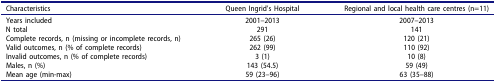
<table><thead><tr><td><b>Characteristics</b></td><td><b>Queen Ingrid’s Hospital</b></td><td><b>Regional and local health care centres (n=11)</b></td></tr></thead><tbody><tr><td>Years included</td><td>2001–2013</td><td>2007–2013</td></tr><tr><td>N total</td><td>291</td><td>141</td></tr><tr><td>Complete records, n (missing or incomplete records, n)</td><td>265 (26)</td><td>120 (21)</td></tr><tr><td>Valid outcomes, n (% of complete records)</td><td>262 (99)</td><td>110 (92)</td></tr><tr><td>Invalid outcomes, n (% of complete records)</td><td>3 (1)</td><td>10 (8)</td></tr><tr><td>Males, n (%)</td><td>143 (54.5)</td><td>59 (49)</td></tr><tr><td>Mean age (min-max)</td><td>59 (23–96)</td><td>63 (35–88)</td></tr></tbody></table>